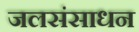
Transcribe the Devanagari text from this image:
जलसंसाधन